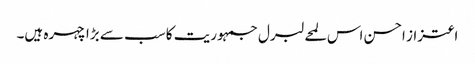
اعتزاز احسن اس لمحے لبرل جمہوریت کا سب سے بڑا چہرہ ہیں۔